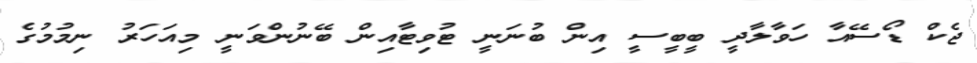
ޖެކް ޑޯސޭއާ ހަވާލާދީ ބީބީސީ އިން ބުނަނީ ޓުވިޓާއިން ބޭނުންވަނީ މިއަހަރު ނިމުމުގެ